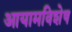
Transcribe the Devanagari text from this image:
आयामविशेष